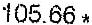
105.66 *